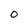
Character: 0